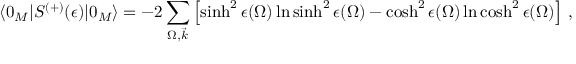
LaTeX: \langle 0 _ { M } | S ^ { ( + ) } ( \epsilon ) | 0 _ { M } \rangle = - 2 \sum _ { \Omega , \vec { k } } \left[ \sinh ^ { 2 } \epsilon ( \Omega ) \ln \sinh ^ { 2 } \epsilon ( \Omega ) - \cosh ^ { 2 } \epsilon ( \Omega ) \ln \cosh ^ { 2 } \epsilon ( \Omega ) \right] \, ,